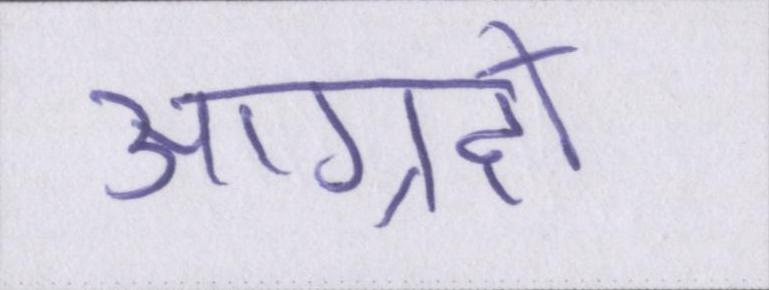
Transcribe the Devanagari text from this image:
आग्रहों